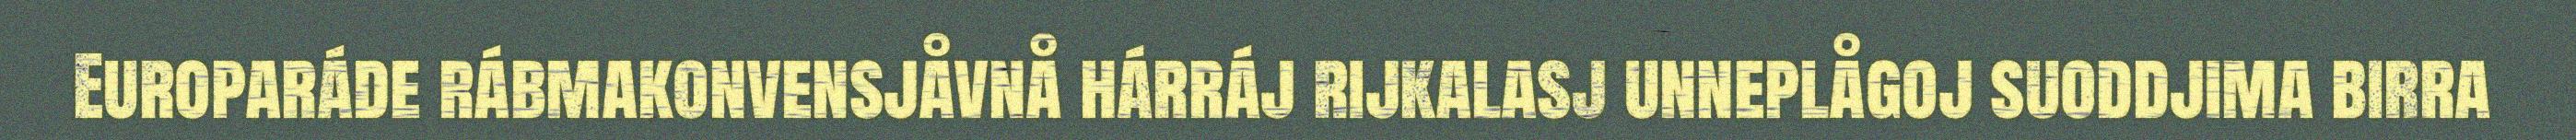
Europaráde rábmakonvensjåvnå hárráj rijkalasj unneplågoj suoddjima birra